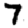
Digit: 7